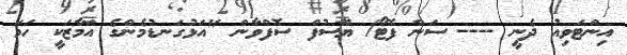
އިންޓަވިއު ދެނީ ---- ސަން ފޮޓޯ/ ޔޫސުފް ސޮފްވާން "އަޅުގަނޑުމެންގެ އަމާޒަކީ ހަމަ